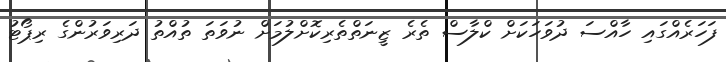
ފަހަރެއްގައި ހާއްސަ ދުވަހަކަށް ކްލާސް ތެރެ ޒީނަތްތެރިކޮށްލުމަށް ނުވަތަ ތުއްތު ދަރިވަރުންގެ ރިޕޯޓު